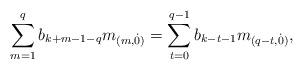
LaTeX: \begin{align*} \sum_{m=1}^q b_{k+m-1-q} m_{(m,\dot{0})} = \sum_{t=0}^{q-1} b_{k-t-1} m_{(q-t,\dot{0})},\end{align*}